Jaan_Tonisson_(Lasteleht), lk 144
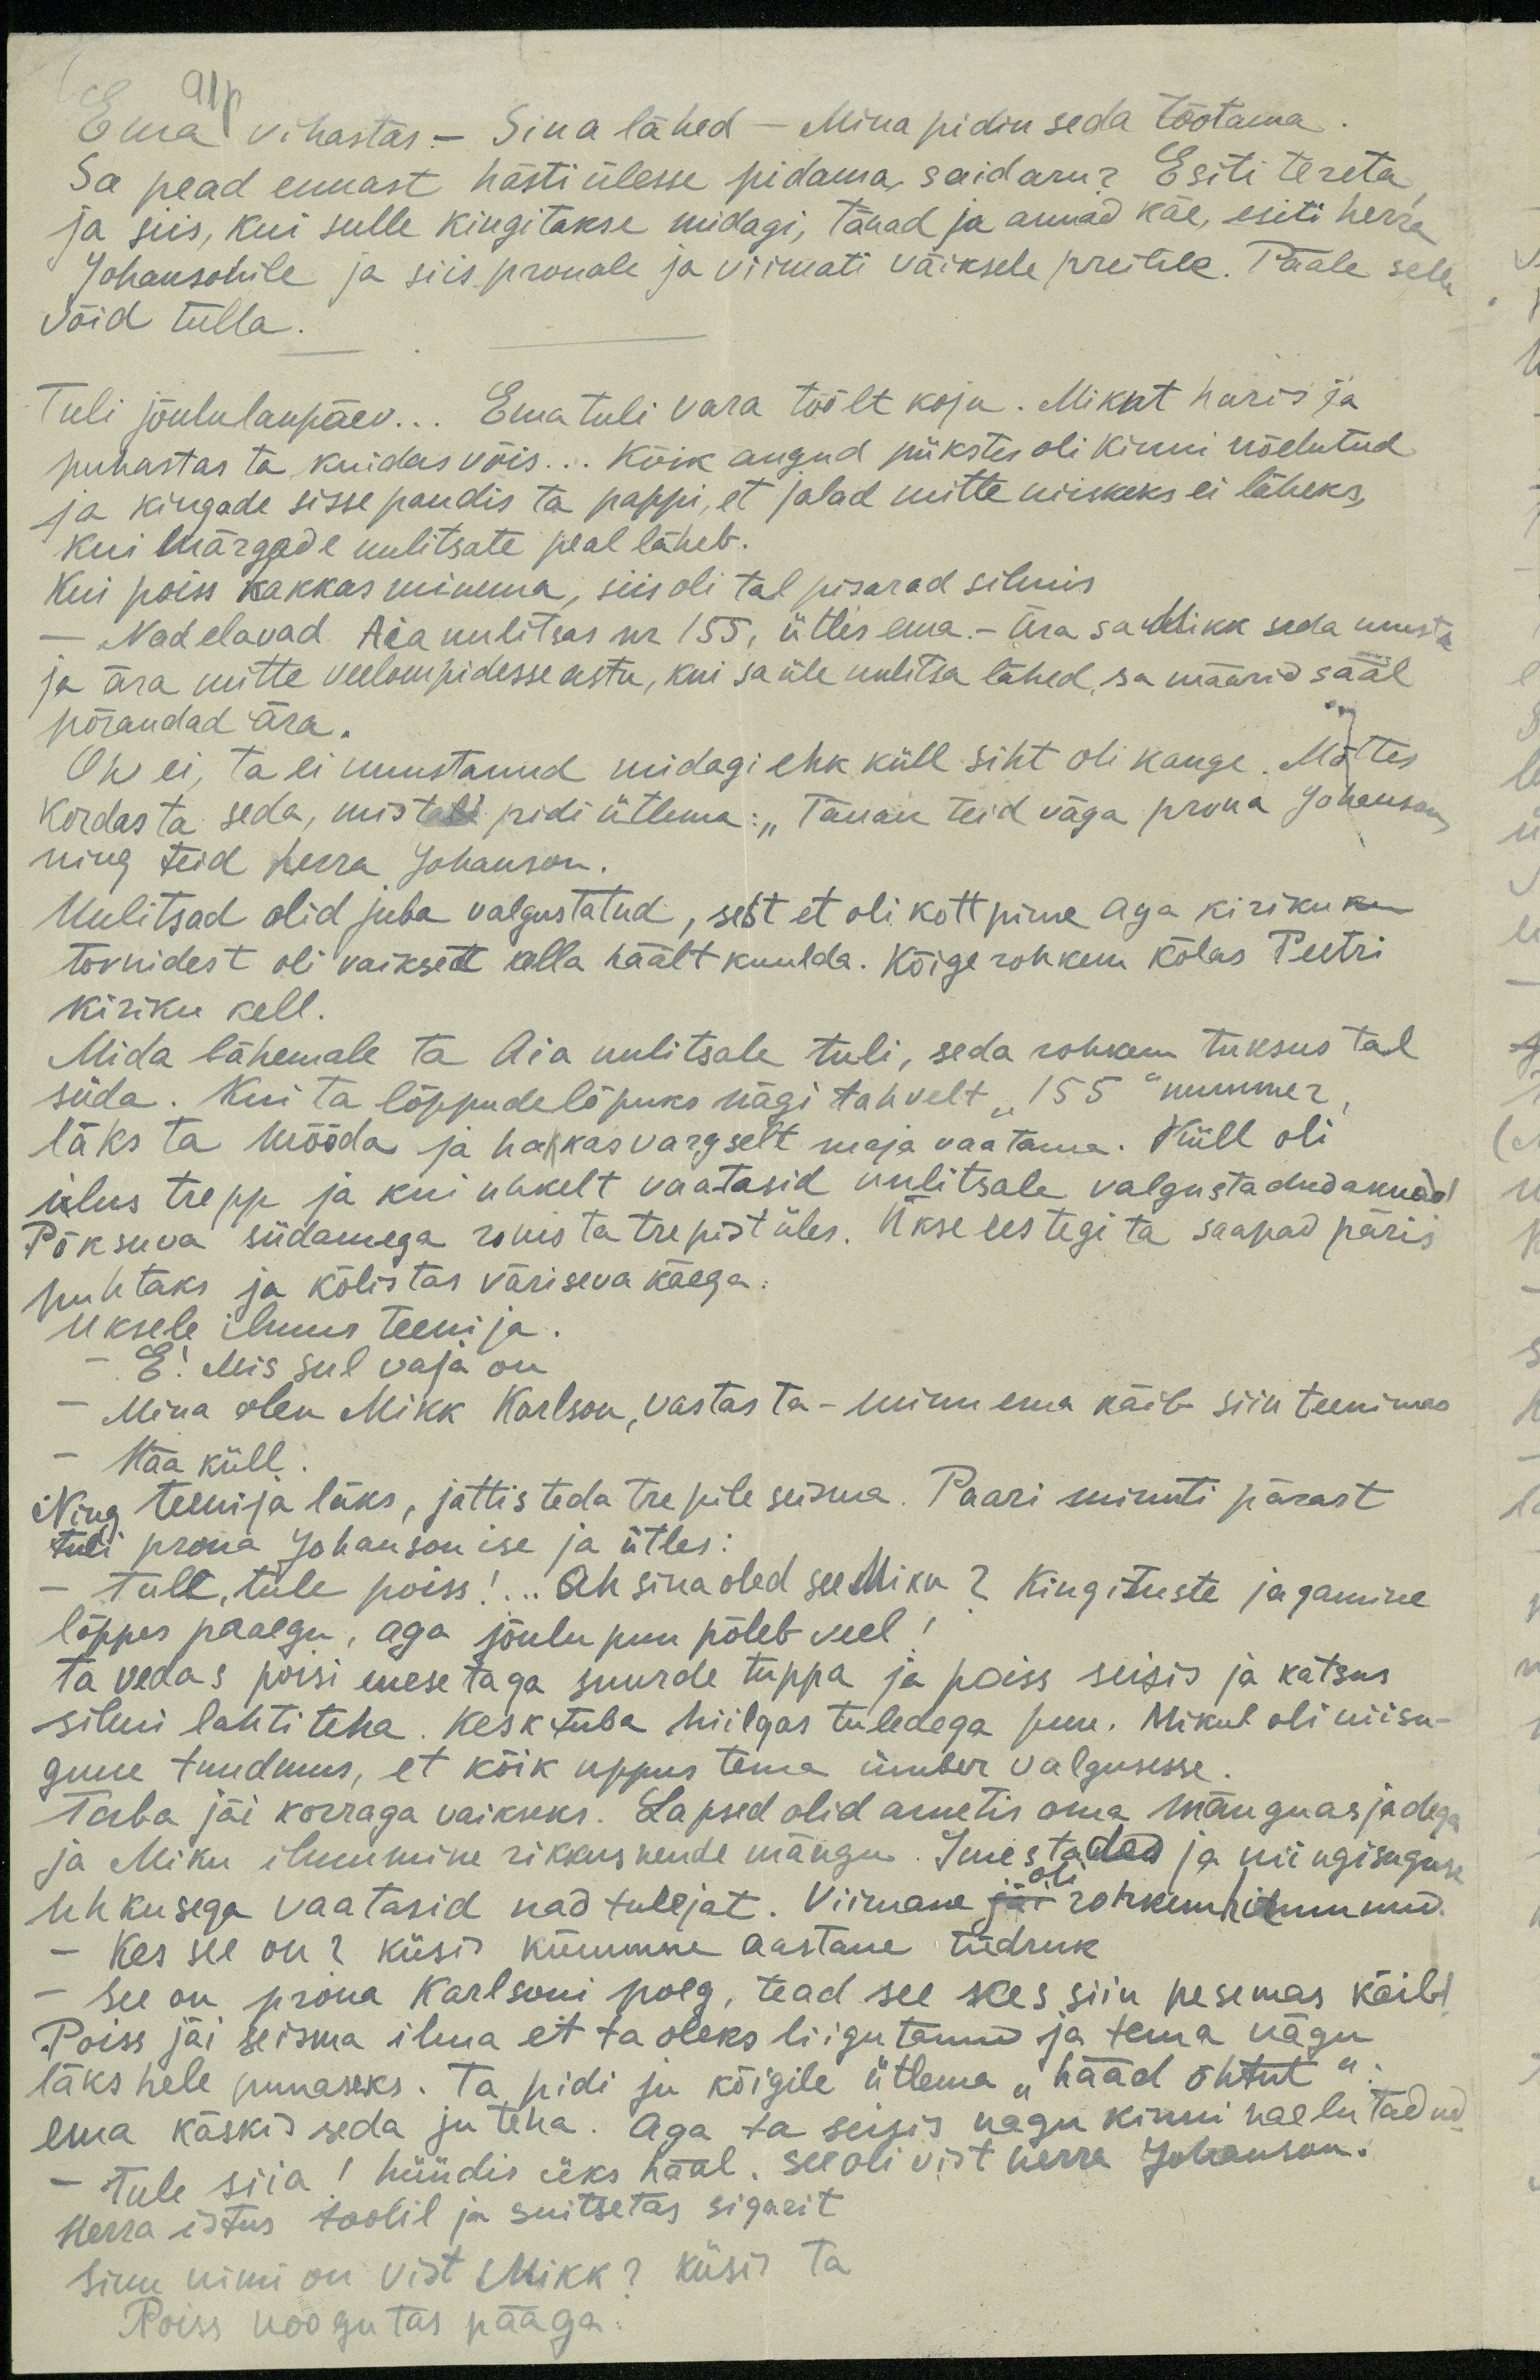
Ema vihastas. - Sina lähed - Mina pidin seda tõotama
91p
Sa pead ennast hästi ülesse pidama, said aru? Esiti tereta
ja siis, kui sulle kingitakse midagi, tänad ja annad käe, esiti herra
Johansonile ja siis prouale ja viimati väiksele preilile. Pääle selle,
võid tulla.
Tuli jõululaupäev... Ema tuli vara töölt koju. Mikut haris ja
puhastas ta kuidas võis... Kõik augud pükstes oli kinni nõelutud.
ja kingade sisse pandis ta pappi, et jalad mitte niiskeks ei läheks,
kui märgade uulitsate peal läheb.
Kui poiss hakkas minema, siis oli tal pisarad silmis.
Nad elavad Aia uulitsas nr 155, ütles ema.- ära sa Mikk seda unusta
ja ära mitte veelompidesse astu, kui sa üle uulitsa lähed, sa määrid sääl
põrandad ära.
Oh ei, ta ei unustanud midagi ehk küll siht oli kauge. Mõttes
kordas ta seda, mis tall pidi ütlema: „Tänan teid väga proua Johanson,
ning teid herra Johanson.
Uulitsad olid juba valgustatud, sest et oli kott pime aga kiriku ku
tornidest oli väiksed kella häält kuulda. Kõige rohkem kõlas Peetri
kiriku kell.
Mida lähemale ta Aia uulitsale tuli, seda rohkem tuksus tal
süda. Kui ta lõppudelõpuks nägi tahvelt "155" nummer
läks ta mööda ja hakkas vargselt maja vaatama. Küll oli
ilus trepp ja kui uhkelt vaatasid uulitsale valgustadud aknad.
Põksuva südamega ronis ta trepist üles. Ükse ees tegi ta saapad päris
puhtaks ja kõlistas väriseva käega.
uksele ilmus teenija.
E! Mis sul vaja on
Mina olen Mikk Karlson, vastas ta - minu ema käib siin teenimas
Hää küll
Ning teenija läks, jättis teda trepile seisma. Paari minuti pärast
tuli proua Johanson ise ja ütles:
tull, tule poiss!.. Ah sina oled see Miku? Kingituste jagamine
lõppes praegu, aga jõulupuu põleb veel!
Ta vedas poisi enese taga suurde tuppa ja poiss seisis ja katsus
silmi lahti teha. Kesk tuba hiilgas tuledega puu. Mikul oli niisu-
gune tundmus, et kõik uppus tema ümber valgusesse.
Tuba jäi korraga vaikseks. Lapsed olid ametis oma mänguasjadega
ja Miku ilmumine rikkus nende mängu. Imestades ja mingisuguse
uhkusega vaatasid nad tulejat. Viimane jäi rohkem hirmunud.
oli
- Kes see on? küsis kümmne aastane tüdruk
- see on proua Karlsoni poeg, tead see kes siin pesemas käib
Poiss jäi seisma ilma et ta oleks liigutanud ja tema nägu
läks hele punaseks. Ta pidi ju kõigile ütlema "hääd õhtut"
ema käskis seda ju teha. Aga ta seisis nagu kinni naelutadud
- Tule siia! hüüdis üks hääl. See oli vist herra Johanson.
Herra istus toolil ja suitsetas sigarit
Sinu nimi on vist Mikk? küsis ta
Poiss noogutas pääga.